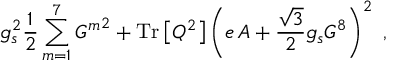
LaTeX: g _ { s } ^ { 2 } \frac { 1 } { 2 } \sum _ { m = 1 } ^ { 7 } { G ^ { m } } ^ { 2 } + \mathrm { T r } \left[ Q ^ { 2 } \right] \left( e \, A + \frac { \sqrt { 3 } } { 2 } g _ { s } G ^ { 8 } \right) ^ { 2 } \ ,